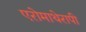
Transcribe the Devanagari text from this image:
एरोमाथेरापी